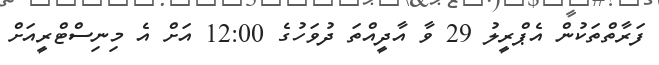
ފަރާތްތަކުން އެޕްރީލު 29 ވާ އާދީއްތަ ދުވަހުގެ 12:00 އަށް އެ މިނިސްޓްރީއަށް